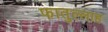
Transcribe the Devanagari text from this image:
फातुल्लाह